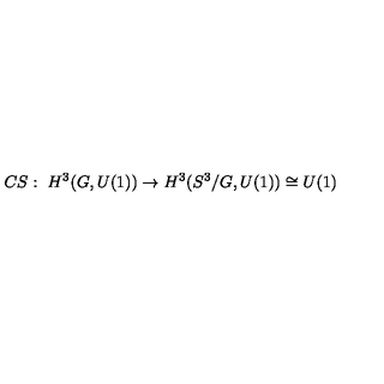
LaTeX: C S : \ H ^ { 3 } ( G , U ( 1 ) ) \to H ^ { 3 } ( S ^ { 3 } / G , U ( 1 ) ) \cong U ( 1 )